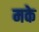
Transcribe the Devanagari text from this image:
मके